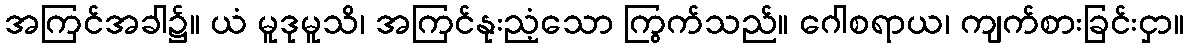
အကြင်အခါ၌။ ယံ မူဒုမူသိ၊ အကြင်နုးညံ့သော ကြွက်သည်။ ဂေါစရာယ၊ ကျက်စားခြင်းငှာ။